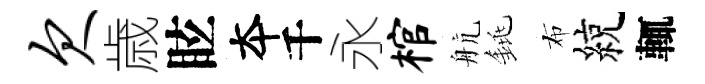
欠歳眩夲千永棺航銚布綂輒